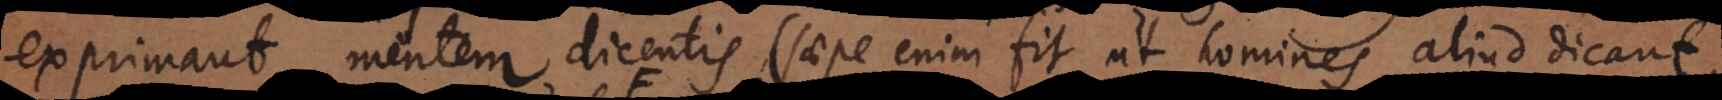
exprimant mentem dicentis (saepe enim fit ut homines aliud dicant,